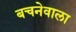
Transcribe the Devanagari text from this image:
बचनेवाला